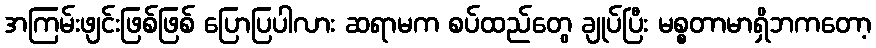
အကြမ်းဖျင်းဖြစ်ဖြစ် ပြောပြပါလား ဆရာမက စပ်ထည်တွေ ချုပ်ပြီး မစ္စတာမာရှိဘကတော့